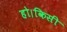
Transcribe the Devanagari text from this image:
हो।किसी